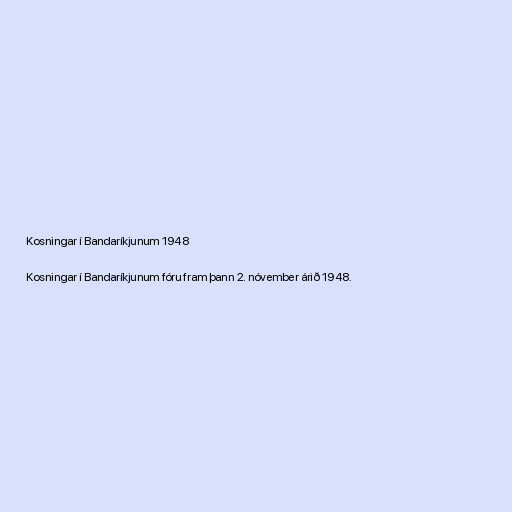
Kosningar í Bandaríkjunum 1948

Kosningar í Bandaríkjunum fóru fram þann 2. nóvember árið 1948.